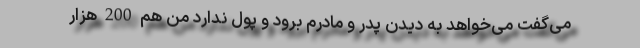
می‌گفت می‌خواهد به دیدن پدر و مادرم برود و پول ندارد من هم 200 هزار